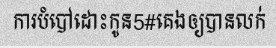
ការបំបៅដោះកូន5#គេងឲ្យបានលក់